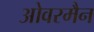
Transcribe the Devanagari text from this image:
ओवरमैन